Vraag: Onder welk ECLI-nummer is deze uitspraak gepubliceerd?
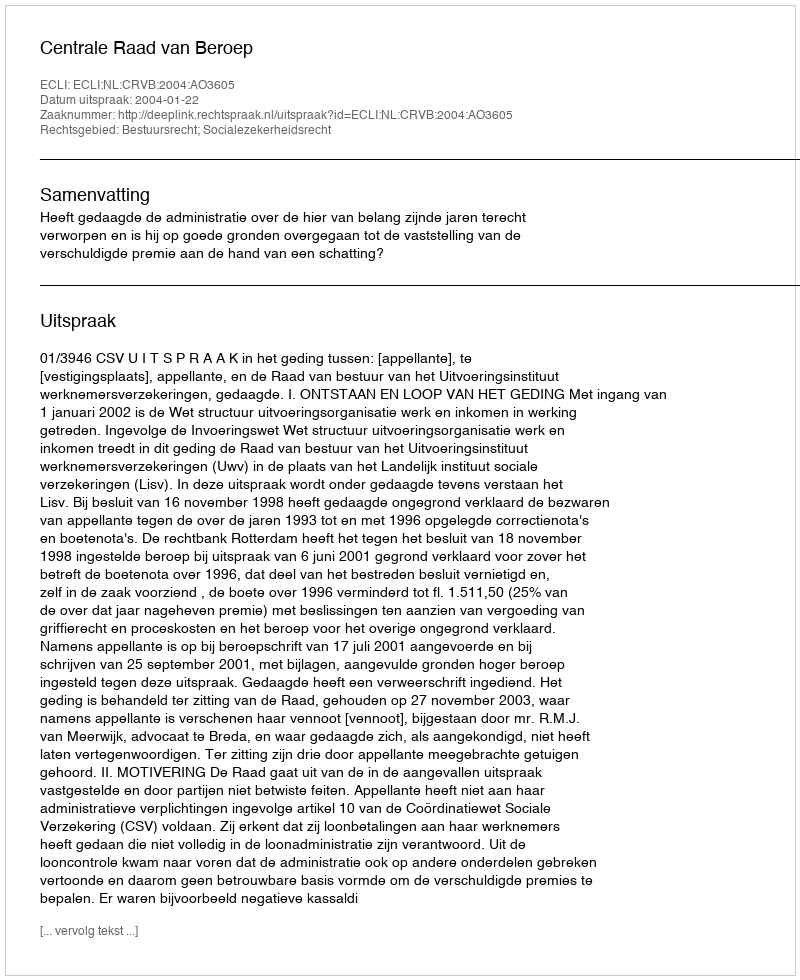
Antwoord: ECLI:NL:CRVB:2004:AO3605